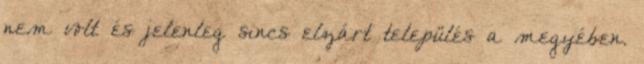
nem volt és jelenleg sincs elzárt település a megyében.